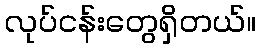
လုပ်ငန်းတွေရှိတယ်။